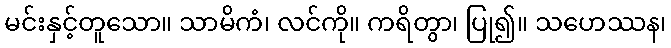
မင်းနှင့်တူသော။ သာမိကံ၊ လင်ကို။ ကရိတွာ၊ ပြု၍။ သဟေဿန၊